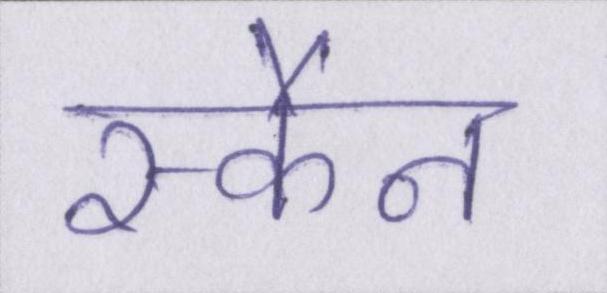
स्कैन